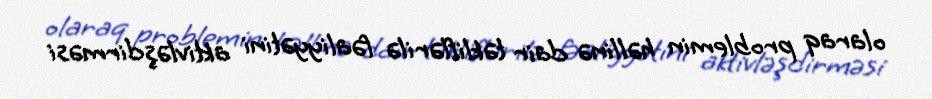
olaraq problemin həllinə dair təkliflərilə fəaliyyətini aktivləşdirməsi